Civil Veterinary Department. Madras. Admin. report 1926-33 - 1926-1933
Year: 1926
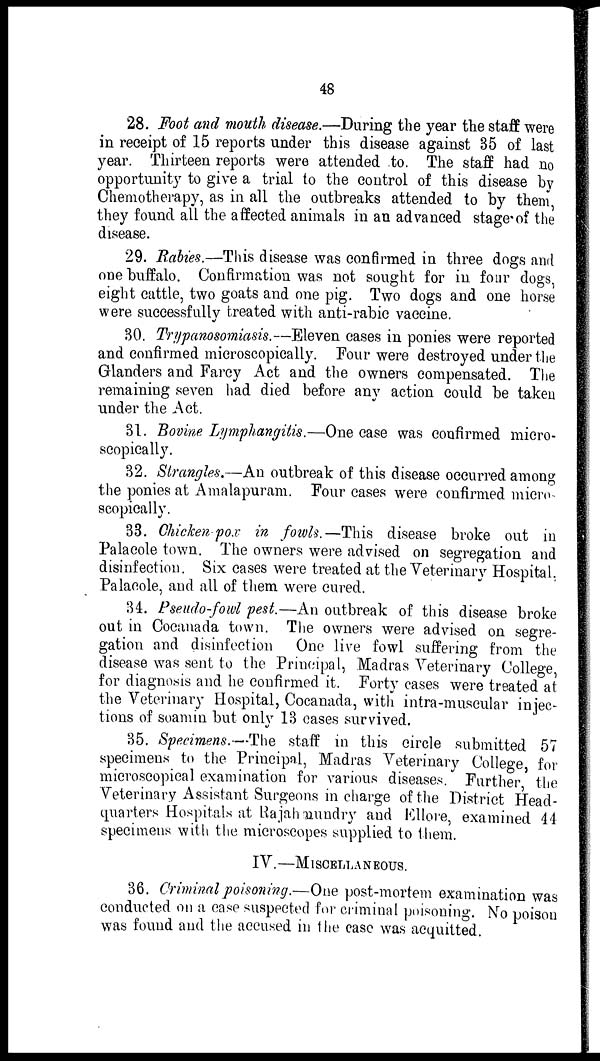
48
28. Foot and mouth disease.—During the year the staff were
in receipt of 15 reports under this disease against 35 of last
year. Thirteen reports were attended to. The staff had no
opportunity to give a trial to the control of this disease by
Chemotherapy, as in all the outbreaks attended to by them,
they found all the affected animals in an advanced stage of the
disease.
29. Rabies.—This disease was confirmed in three dogs and
one buffalo. Confirmation was not sought for in four dogs,
eight cattle, two goats and one pig. Two dogs and one horse
were successfully treated with anti-rabic vaccine.
30. Trypanosomiasis.—Eleven cases in ponies were reported
and confirmed microscopically. Four were destroyed under the
Glanders and Farcy Act and the owners compensated. The
remaining seven had died before any action could be taken
under the Act.
31. Bovine Lymphangitis.—One case was confirmed micro-
scopically.
32. Strangles.—An outbreak of this disease occurred among
the ponies at Amalapuram. Four cases were confirmed micro-
scopically.
33. Chicken pox in fowls.—This disease broke out in
Palacole town. The owners were advised on segregation and
disinfection. Six cases were treated at the Veterinary Hospital,
Palacole, and all of them were cured.
34. Pseudo-fowl pest.—An outbreak of this disease broke
out in Cocanada town. The owners were advised on segre-
gation and disinfection One live fowl suffering from the
disease was sent to the Principal, Madras Veterinary College,
for diagnosis and he confirmed it. Forty cases were treated at
the Veterinary Hospital, Cocanada, with intra-muscular injec-
tions of soamin but only 13 cases survived.
35. Specimens.—The staff in this circle submitted 57
specimens to the Principal, Madras Veterinary College, for
microscopical examination for various diseases. Further, the
Veterinary Assistant Surgeons in charge of the District Head-
quarters Hospitals at Rajahmundry and Ellore, examined 44
specimens with the microscopes supplied to them.
IV.—MISCELLANEOUS.
36. Criminal poisoning.—One post-mortem examination was
conducted on a case suspected for criminal poisoning. No poison
was found and the accused in the case was acquitted.